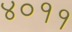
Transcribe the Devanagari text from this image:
४०११